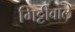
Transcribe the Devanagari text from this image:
गिट्टीवाले